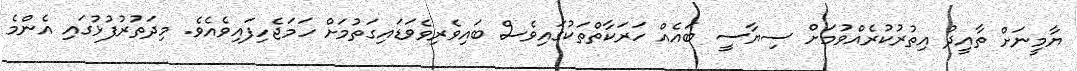
ޔާމީނަށް ތާއީދު އިތުރުކުރެއްވުމަށް ސިޔާސީ ބައެއް ހަރަކާތްތަކުގައިވެސް ބައިވެރިވެވަޑައިގަތުމަށް ހަމަޖެހިފައިވެއެވެ. މިދަތުރުފުޅުގައި އެންމެ